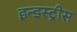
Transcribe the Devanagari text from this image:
इन्डस्ट्रीस